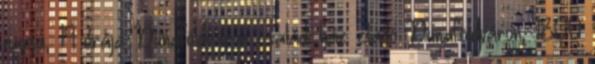
napja, 19 órája Dunaföldváron családi ház eladó Dunaföldváron, 1800